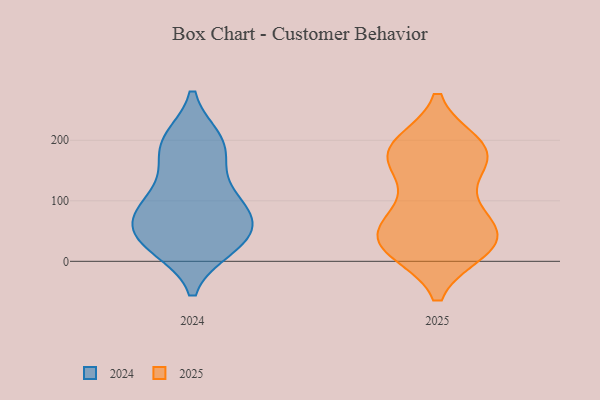
{"axis": {"x": "Market Share (%)", "y": "Value"}, "legend": ["2024", "2025"], "data": [{"x": "", "y": 91, "type": "2024"}, {"x": "", "y": 25, "type": "2024"}, {"x": "", "y": 191, "type": "2024"}, {"x": "", "y": 168, "type": "2024"}, {"x": "", "y": 199, "type": "2024"}, {"x": "", "y": 119, "type": "2024"}, {"x": "", "y": 87, "type": "2024"}, {"x": "", "y": 86, "type": "2024"}, {"x": "", "y": 198, "type": "2024"}, {"x": "", "y": 33, "type": "2024"}, {"x": "", "y": 32, "type": "2024"}, {"x": "", "y": 71, "type": "2024"}, {"x": "", "y": 34, "type": "2024"}, {"x": "", "y": 53, "type": "2024"}, {"x": "", "y": 156, "type": "2025"}, {"x": "", "y": 60, "type": "2025"}, {"x": "", "y": 20, "type": "2025"}, {"x": "", "y": 173, "type": "2025"}, {"x": "", "y": 37, "type": "2025"}, {"x": "", "y": 25, "type": "2025"}, {"x": "", "y": 185, "type": "2025"}, {"x": "", "y": 80, "type": "2025"}, {"x": "", "y": 27, "type": "2025"}, {"x": "", "y": 192, "type": "2025"}, {"x": "", "y": 173, "type": "2025"}, {"x": "", "y": 21, "type": "2025"}, {"x": "", "y": 179, "type": "2025"}, {"x": "", "y": 188, "type": "2025"}, {"x": "", "y": 57, "type": "2025"}, {"x": "", "y": 34, "type": "2025"}, {"x": "", "y": 102, "type": "2025"}]}